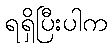
ရရှိပြီးပါက